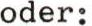
oder: